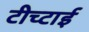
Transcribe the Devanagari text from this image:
टीच्टाई